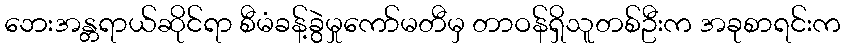
ဘေးအန္တရာယ်ဆိုင်ရာ စီမံခန့်ခွဲမှုကော်မတီမှ တာဝန်ရှိသူတစ်ဦးက အခုစာရင်းက